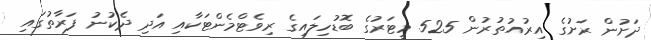
ދަށުން ރަށުގެ އިރުއުތުރުން 525 މީޓަރުގެ ބޮޑުހިލައިގެ ރިވެޓްމެންޓަކާއި އަދި ދެކުނު ފަރާތުގައި